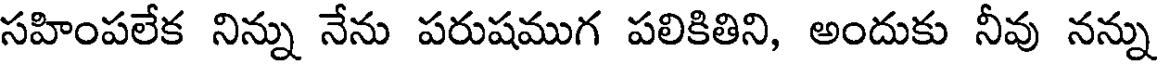
సహింపలేక నిన్ను నేను పరుషముగ పలికితిని, అందుకు నీవు నన్ను